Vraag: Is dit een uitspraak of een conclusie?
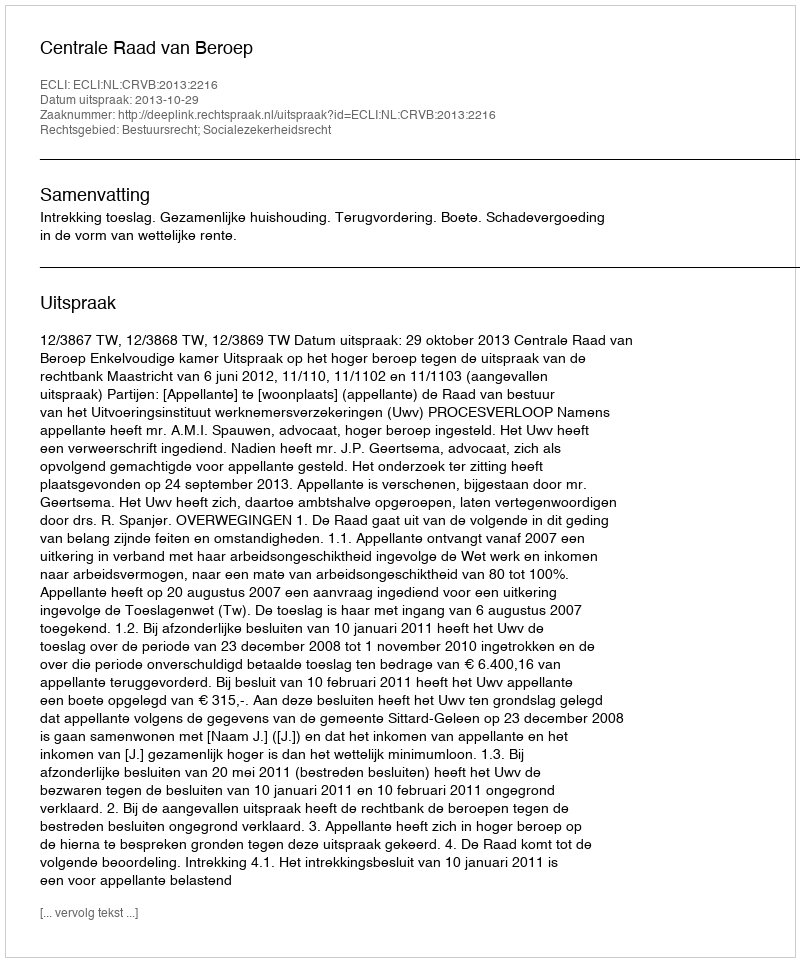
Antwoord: Uitspraak